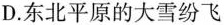
D.东北平原的大雪纷飞